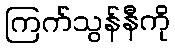
ကြက်သွန်နီကို